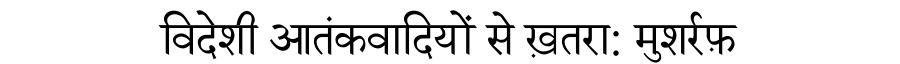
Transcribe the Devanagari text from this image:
विदेशी आतंकवादियों से ख़तरा: मुशर्रफ़